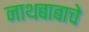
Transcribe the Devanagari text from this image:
नाथबाबाचे